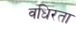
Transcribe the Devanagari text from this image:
वधिरता